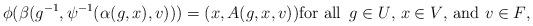
LaTeX: \begin{align*}\phi(\beta(g^{-1},\psi^{-1}(\alpha(g,x),v)))=(x,A(g,x,v))\mbox{for all $\,g\in U$, $x\in V$, and $v\in F$,}\end{align*}